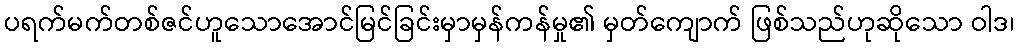
ပရက်မက်တစ်ဇင်ဟူသောအောင်မြင်ခြင်းမှာမှန်ကန်မှု၏ မှတ်ကျောက် ဖြစ်သည်ဟုဆိုသော ဝါဒ၊